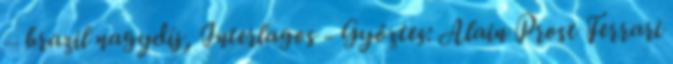
– brazil nagydíj, Interlagos - Győztes: Alain Prost Ferrari